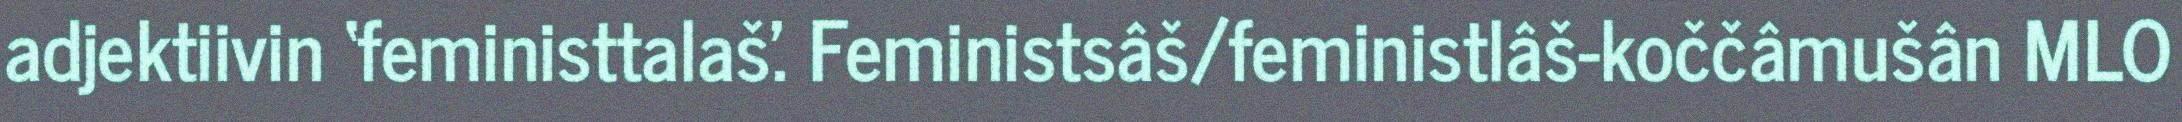
adjektiivin ‘feministtalaš'. Feministsâš/feministlâš-koččâmušân MLO